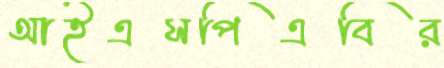
আইএসপিএবির